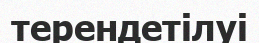
терендетілуі